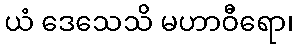
ယံ ဒေသေသိ မဟာဝီရော၊